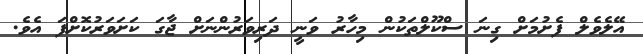
އޭލެވެލް ފެށުމަށް ގިނަ ސްކޫލްތަކުން މިހާރު ވަނީ ދަރިވަރުންނަށް ޖާގަ ކަށަވަރުކޮށްފަ އެވެ.